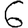
Digit: 6